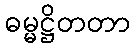
ဓမ္မဋ္ဌိတတာ